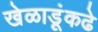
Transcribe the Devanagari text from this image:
खेळाडूंकढे